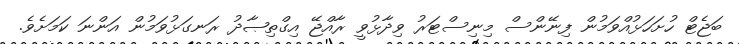
ބަޖެޓް ހުށަހަޅުއްވަމުން ފިނޭންސް މިނިސްޓަރު ވިދާޅުވީ ރާއްޖޭ އިގްތިޞާދު ރަނގަޅުވަމުން އަންނަ ކަމަށެވެ.